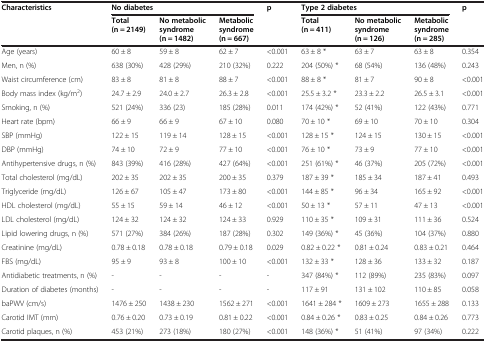
<table><thead><tr><td rowspan="2"><b>Characteristics</b></td><td colspan="3"><b>No diabetes</b></td><td rowspan="2"><b>p</b></td><td colspan="3"><b>Type 2 diabetes</b></td><td rowspan="2"><b>p</b></td></tr><tr><td><b>Total (n = 2149)</b></td><td><b>No metabolic syndrome (n = 1482)</b></td><td><b>Metabolic syndrome (n = 667)</b></td><td><b>Total (n = 411)</b></td><td><b>No metabolic syndrome (n = 126)</b></td><td><b>Metabolic syndrome (n = 285)</b></td></tr></thead><tbody><tr><td>Age (years)</td><td>60 ± 8</td><td>59 ± 8</td><td>62 ± 7</td><td>&lt;0.001</td><td>63 ± 8 *</td><td>63 ± 7</td><td>63 ± 8</td><td>0.354</td></tr><tr><td>Men, n (%)</td><td>638 (30%)</td><td>428 (29%)</td><td>210 (32%)</td><td>0.222</td><td>204 (50%) *</td><td>68 (54%)</td><td>136 (48%)</td><td>0.243</td></tr><tr><td>Waist circumference (cm)</td><td>83 ± 8</td><td>81 ± 8</td><td>88 ± 7</td><td>&lt;0.001</td><td>88 ± 8 *</td><td>81 ± 7</td><td>90 ± 8</td><td>&lt;0.001</td></tr><tr><td>Body mass index (kg/m<sup>2</sup>)</td><td>24.7 ± 2.9</td><td>24.0 ± 2.7</td><td>26.3 ± 2.8</td><td>&lt;0.001</td><td>25.5 ± 3.2 *</td><td>23.3 ± 2.2</td><td>26.5 ± 3.1</td><td>&lt;0.001</td></tr><tr><td>Smoking, n (%)</td><td>521 (24%)</td><td>336 (23)</td><td>185 (28%)</td><td>0.011</td><td>174 (42%) *</td><td>52 (41%)</td><td>122 (43%)</td><td>0.771</td></tr><tr><td>Heart rate (bpm)</td><td>66 ± 9</td><td>66 ± 9</td><td>67 ± 10</td><td>0.080</td><td>70 ± 10 *</td><td>69 ± 10</td><td>70 ± 10</td><td>0.304</td></tr><tr><td>SBP (mmHg)</td><td>122 ± 15</td><td>119 ± 14</td><td>128 ± 15</td><td>&lt;0.001</td><td>128 ± 15 *</td><td>124 ± 15</td><td>130 ± 15</td><td>&lt;0.001</td></tr><tr><td>DBP (mmHg)</td><td>74 ± 10</td><td>72 ± 9</td><td>77 ± 10</td><td>&lt;0.001</td><td>76 ± 10 *</td><td>73 ± 9</td><td>77 ± 10</td><td>&lt;0.001</td></tr><tr><td>Antihypertensive drugs, n (%)</td><td>843 (39%)</td><td>416 (28%)</td><td>427 (64%)</td><td>&lt;0.001</td><td>251 (61%) *</td><td>46 (37%)</td><td>205 (72%)</td><td>&lt;0.001</td></tr><tr><td>Total cholesterol (mg/dL)</td><td>202 ± 35</td><td>202 ± 35</td><td>200 ± 35</td><td>0.379</td><td>187 ± 39 *</td><td>185 ± 34</td><td>187 ± 41</td><td>0.493</td></tr><tr><td>Triglyceride (mg/dL)</td><td>126 ± 67</td><td>105 ± 47</td><td>173 ± 80</td><td>&lt;0.001</td><td>144 ± 85 *</td><td>96 ± 34</td><td>165 ± 92</td><td>&lt;0.001</td></tr><tr><td>HDL cholesterol (mg/dL)</td><td>55 ± 15</td><td>59 ± 14</td><td>46 ± 12</td><td>&lt;0.001</td><td>50 ± 13 *</td><td>57 ± 11</td><td>47 ± 13</td><td>&lt;0.001</td></tr><tr><td>LDL cholesterol (mg/dL)</td><td>124 ± 32</td><td>124 ± 32</td><td>124 ± 33</td><td>0.929</td><td>110 ± 35 *</td><td>109 ± 31</td><td>111 ± 36</td><td>0.524</td></tr><tr><td>Lipid lowering drugs, n (%)</td><td>571 (27%)</td><td>384 (26%)</td><td>187 (28%)</td><td>0.302</td><td>149 (36%) *</td><td>45 (36%)</td><td>104 (37%)</td><td>0.880</td></tr><tr><td>Creatinine (mg/dL)</td><td>0.78 ± 0.18</td><td>0.78 ± 0.18</td><td>0.79 ± 0.18</td><td>0.029</td><td>0.82 ± 0.22 *</td><td>0.81 ± 0.24</td><td>0.83 ± 0.21</td><td>0.464</td></tr><tr><td>FBS (mg/dL)</td><td>95 ± 9</td><td>93 ± 8</td><td>100 ± 10</td><td>&lt;0.001</td><td>132 ± 33 *</td><td>128 ± 36</td><td>133 ± 32</td><td>0.187</td></tr><tr><td>Antidiabetic treatments, n (%)</td><td>-</td><td>-</td><td>-</td><td>-</td><td>347 (84%) *</td><td>112 (89%)</td><td>235 (83%)</td><td>0.097</td></tr><tr><td>Duration of diabetes (months)</td><td>-</td><td>-</td><td>-</td><td>-</td><td>117 ± 91</td><td>131 ± 102</td><td>110 ± 85</td><td>0.058</td></tr><tr><td>baPWV (cm/s)</td><td>1476 ± 250</td><td>1438 ± 230</td><td>1562 ± 271</td><td>&lt;0.001</td><td>1641 ± 284 *</td><td>1609 ± 273</td><td>1655 ± 288</td><td>0.133</td></tr><tr><td>Carotid IMT (mm)</td><td>0.76 ± 0.20</td><td>0.73 ± 0.19</td><td>0.81 ± 0.22</td><td>&lt;0.001</td><td>0.84 ± 0.26 *</td><td>0.83 ± 0.25</td><td>0.84 ± 0.26</td><td>0.773</td></tr><tr><td>Carotid plaques, n (%)</td><td>453 (21%)</td><td>273 (18%)</td><td>180 (27%)</td><td>&lt;0.001</td><td>148 (36%) *</td><td>51 (41%)</td><td>97 (34%)</td><td>0.222</td></tr></tbody></table>